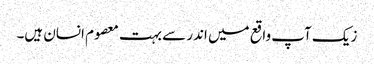
زیک آپ واقع میں اندر سے بہت معصوم انسان ہیں۔